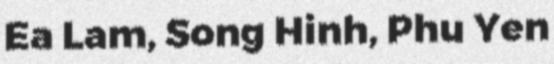
Ea Lam, Song Hinh, Phu Yen